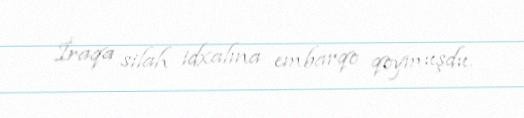
İraqa silah idxalına embarqo qoymuşdu.